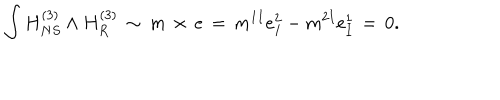
\int H _ { N S } ^ { ( 3 ) } \wedge H _ { R } ^ { ( 3 ) } \, \sim \, m \, \times \, e \, = \, m ^ { 1 I } e _ { I } ^ { 2 } - m ^ { 2 I } e _ { I } ^ { 1 } \, = \, 0 .